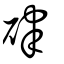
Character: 硉